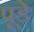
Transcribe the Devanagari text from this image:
पूडे